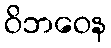
ဝိဘဝေန